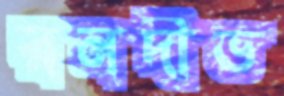
রনদীভ